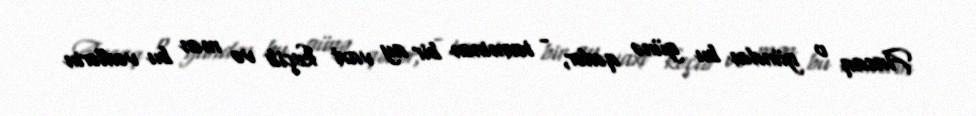
Ancaq o gündən bu günə qədər, - təxminən bir ay vaxt keçib və mən bu vədlərin